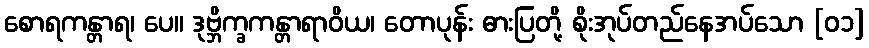
စောရကန္တာရ၊ ပေ။ ဒုဗ္ဘိက္ခကန္တာရာဝိယ၊ တောပုန်း ဓားပြတို့ စိုးအုပ်တည်နေအပ်သော [၀၁]